画像に写った文字を読んでください
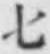
「七」と書いてあります